system: You are a helpful assistant.
user:
Analyze the provided spectrum to determine if it is a **"Cataclysmic Variables (CV)"**.

- **Key Indicators for CV (Check for either state):**
    - **State 1: Quiescent / Low-State (Emission-Dominated)**
        - **(Primary):** Strong and *very broad* Hydrogen Balmer emission lines (e.g., $H\alpha$ at 6563 Å, $H\beta$ at 4861 Å). The 'broadness' (high velocity dispersion, often FWHM > 1000 km/s) is the key diagnostic, indicating a high-velocity accretion disk.
        - **(Secondary):** Broad neutral Helium (He I) emission lines (e.g., 5876 Å, 6678 Å).
        - **(Key Confirmation):** Presence of high-excitation *ionized* Helium (He II) emission at 4686 Å. This is a strong indicator of accretion onto a white dwarf.
        - **(Line Profile):** Emission lines may exhibit a 'double-peaked' profile, which is a classic signature of a rotating accretion disk viewed at high inclination.

    - **State 2: Outburst / High-State (Absorption-Dominated)**
        - **(Primary):** Spectrum is dominated by a bright, blue continuum (looks like a hot star).
        - **(Secondary):** The emission lines from State 1 are weak, absent, or 'filled in', and are replaced by broad, shallow *absorption* lines (primarily Balmer and He I).
        - **(Morphology):** The overall spectrum mimics a hot B/A-type star. The crucial difference is that the absorption lines are significantly broader, shallower, and more 'washed-out' (or 'smeared') than the sharp lines of a normal stellar photosphere, due to high rotational speeds and pressure broadening in the disk.

Think first, call **spectral_visualization_tool** if needed to examine features in detail, then provide your final answer. Your response must adhere to the following strict rules:
1.  **Overall Structure:** Your response must follow the format `<think>...</think> <tool_call>...</tool_call> (if a tool is used) <answer>...</answer>`.
2.  **Tool Usage Constraint:** You may only make **one** tool call per turn.
3.  **Final Answer Format:** In the `<answer>` tag, your conclusion must be inside a `\boxed{}` command (e.g., `\boxed{YES}`), followed by your justification.

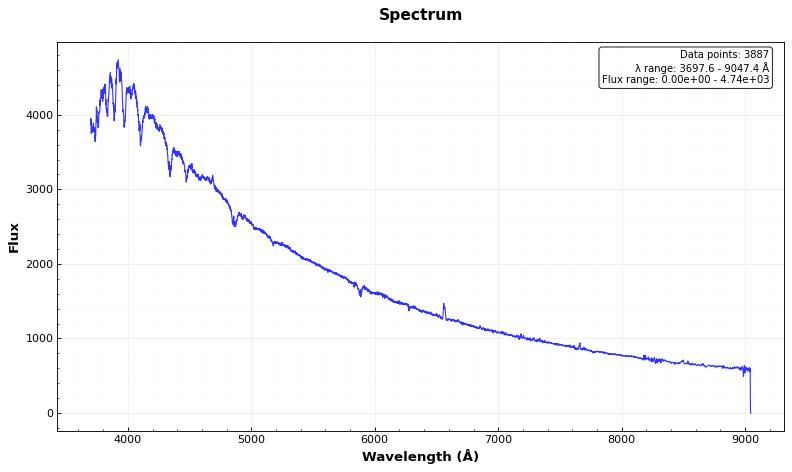
Answer: YES